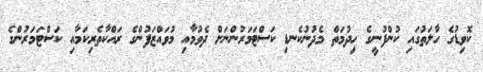
ކޮވިޑުގެ ހާލަތުގައި ކުންފުނީގެ ހިދުމަތް މެދުނުކެނޑި ކަސްޓަމަރުންނަށް ދެވުމާއި މުވައްޒަފުންގެ ރައްކާތެރިކަމާއި ކަސްޓަމަރުންގެ